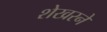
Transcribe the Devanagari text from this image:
शेखरने